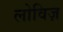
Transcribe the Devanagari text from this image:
लोविज़